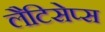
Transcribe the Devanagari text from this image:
लैटिसेप्स